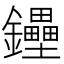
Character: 鑸